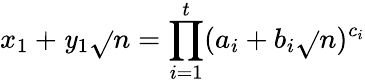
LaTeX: x_{1}+\mathit{y}_{1}{\sqrt{}{{n}}}=\prod_{i=1}^{t}(a_{i}+b_{i}{\sqrt{}{{n}}})^{c_{i}}